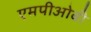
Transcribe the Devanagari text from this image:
एमपीओबी